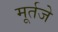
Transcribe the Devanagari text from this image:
मूर्तजे